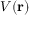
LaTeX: V ( \mathbf { r } )